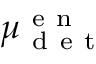
\mu _ { \mathrm { ~ d ~ e ~ t ~ } } ^ { \mathrm { ~ e ~ n ~ } }